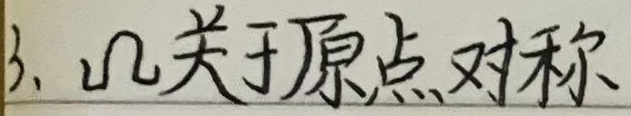
3. \(\Omega\)关于原点对称